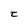
Character: t